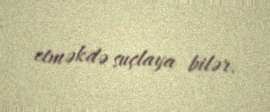
etməkdə suçlaya bilər.